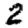
Digit: 2